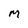
Character: M